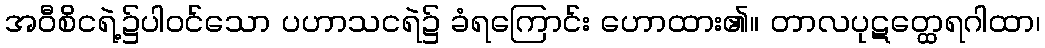
အဝီစိငရဲ့၌ပါဝင်သော ပဟာသငရဲ၌ ခံရကြောင်း ဟောထား၏။ တာလပုဋတ္ထေရဂါထာ၊